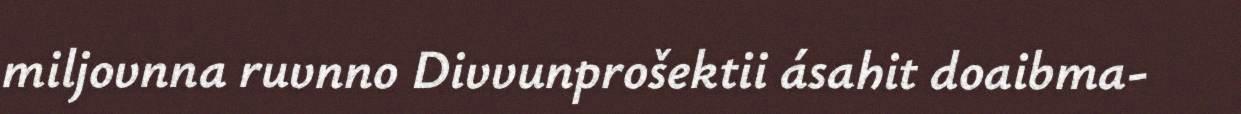
miljovnna ruvnno Divvunprošektii ásahit doaibma-